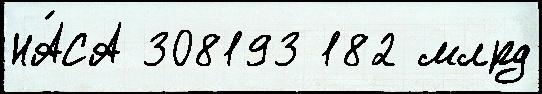
НА́СА 308193 182 млрд